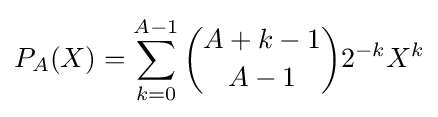
P_{A}(X)=\sum _{k=0}^{A-1}{\binom {A+k-1}{A-1}}2^{-k}X^{k}